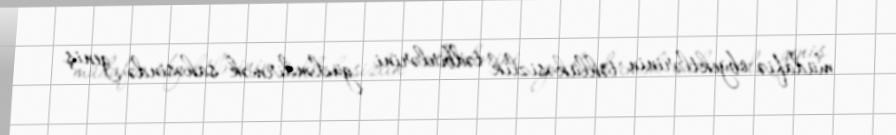
müdafiə obyektlərinin təhlükəsizlik tədbirlərini gücləndirmək sahəsində geniş